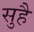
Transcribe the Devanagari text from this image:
सुहै